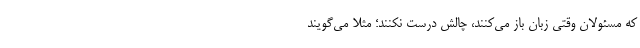
که مسئولان وقتی زبان باز می‌کنند، چالش درست نکنند؛ مثلاً می‌گویند